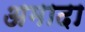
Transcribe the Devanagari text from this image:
अमादा